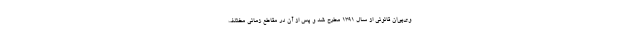
وی‌پی‌ان قانونی از سال ۱۳۹۱ مطرح شد و پس از آن در مقاطع زمانی مختلف